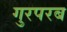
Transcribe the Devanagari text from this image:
गुरपरब